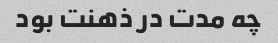
چه مدت در ذهنت بود